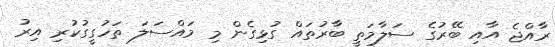
ރާއްޖެ އާއި ބޭރުގެ ސަލާމަތީ ބާރުތައް ގުޅިގެން މި މައްސަލަ ތަހުގީގުކުރި އިރު